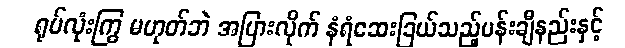
ရုပ်လုံးကြွ မဟုတ်ဘဲ အပြားလိုက် နံရံဆေးခြယ်သည့်ပန်းချီနည်းနှင့်